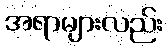
အရာများလည်း